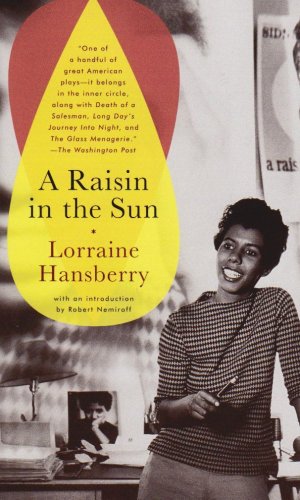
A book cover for A Raisin in the Sun; Lorraine Hansberry; Literature & Fiction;